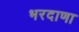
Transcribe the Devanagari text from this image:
भरदाणा